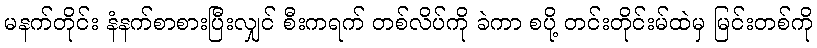
မနက်တိုင်း နံနက်စာစားပြီးလျှင် စီးကရက် တစ်လိပ်ကို ခဲကာ စပို့ တင်းတိုင်းမ်ထဲမှ မြင်းတစ်ကို